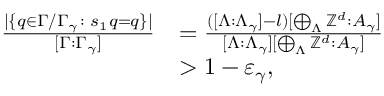
\begin{array} { r l } { \frac { \lvert \{ q \in \Gamma / \Gamma _ { \gamma } \colon s _ { 1 } q = q \} \rvert } { [ \Gamma : \Gamma _ { \gamma } ] } } & { = \frac { ( [ \Lambda : \Lambda _ { \gamma } ] - l ) [ \bigoplus _ { \Lambda } \mathbb Z ^ { d } : A _ { \gamma } ] } { [ \Lambda : \Lambda _ { \gamma } ] [ \bigoplus _ { \Lambda } \mathbb Z ^ { d } : A _ { \gamma } ] } } \\ & { > 1 - \varepsilon _ { \gamma } , } \end{array}